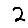
Digit: 2